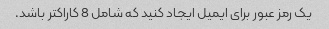
یک رمز عبور برای ایمیل ایجاد کنید که شامل 8 کاراکتر باشد.